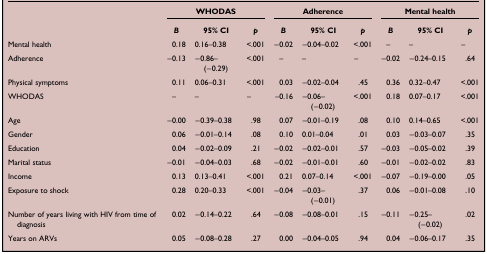
|  | <COLSPAN=3> WHODAS | <COLSPAN=3> Adherence | <COLSPAN=3> Mental health |
 |  | B | 95% CI | p | B | 95% CI | p | B | 95% CI | p |
 | --- | --- | --- | --- | --- | --- | --- | --- | --- | --- |
 | Mental health | 0.18 | 0.16–0.38 | <.001 | −0.02 | −0.04–0.02 | <.001 | – | – | – |
 | Adherence | −0.13 | −0.86–(−0.29) | <.001 | – | – | – | −0.02 | −0.24–0.15 | .64 |
 | Physical symptoms | 0.11 | 0.06–0.31 | <.001 | 0.03 | −0.02–0.04 | .45 | 0.36 | 0.32–0.47 | <.001 |
 | WHODAS | – | – | – | –0.16 | −0.06–(−0.02) | <.001 | 0.18 | 0.07–0.17 | <.001 |
 | Age | −0.00 | −0.39–0.38 | .98 | 0.07 | −0.01–0.19 | .08 | 0.10 | 0.14–0.65 | <.001 |
 | Gender | 0.06 | −0.01–0.14 | .08 | 0.10 | 0.01–0.04 | .01 | 0.03 | −0.03–0.07 | .35 |
 | Education | 0.04 | −0.02–0.09 | .21 | −0.02 | −0.02–0.01 | .57 | −0.03 | −0.05–0.02 | .39 |
 | Marital status | −0.01 | −0.04–0.03 | .68 | −0.02 | −0.01–0.01 | .60 | −0.01 | −0.02–0.02 | .83 |
 | Income | 0.13 | 0.13–0.41 | <.001 | 0.21 | 0.07–0.14 | <.001 | −0.07 | −0.19–0.00 | .05 |
 | Exposure to shock | 0.28 | 0.20–0.33 | <.001 | −0.04 | −0.03–(−0.01) | .37 | 0.06 | −0.01–0.08 | .10 |
 | Number of years living with HIV from time of diagnosis | 0.02 | −0.14–0.22 | .64 | −0.08 | −0.08–0.01 | .15 | −0.11 | −0.25–(−0.02) | .02 |
 | Years on ARVs | 0.05 | −0.08–0.28 | .27 | 0.00 | −0.04–0.05 | .94 | 0.04 | −0.06–0.17 | .35 |